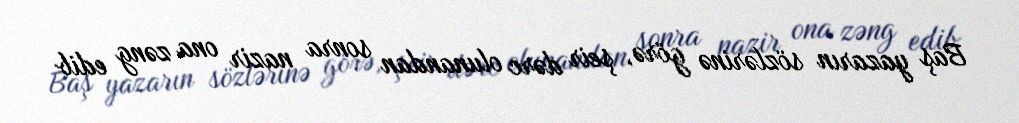
Baş yazarın sözlərinə görə, şeir dərc olunandan sonra nazir ona zəng edib